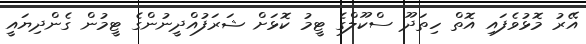
އޭރު މޮޅުވެފައި އޮތް ހިތަދޫ ސްކޫލްގެ ޓީމު ކޮޅަށް ޝަރަފުއްދީނުންގެ ޓީމުން ގެންދިޔައީ